Indian Medical Review
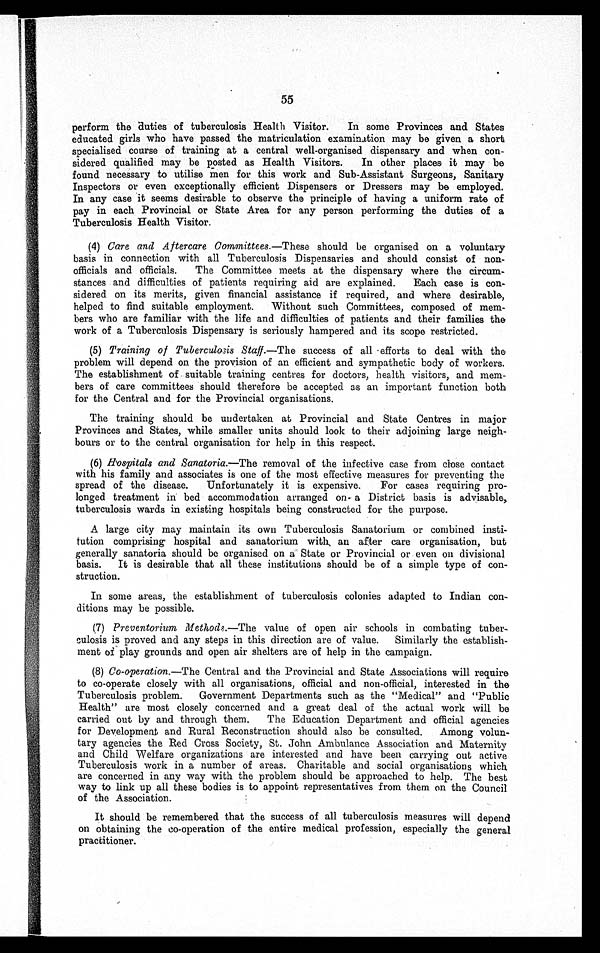
55
perform the duties of tuberculosis Health Visitor. In some Provinces and States
educated girls who have passed the matriculation examination may be given a short
specialised course of training at a central well-organised dispensary and when con-
sidered qualified may be posted as Health Visitors. In other places it may be
found necessary to utilise men for this work and Sub-Assistant Surgeons, Sanitary
Inspectors or even exceptionally efficient Dispensers or Dressers may be employed.
In any case it seems desirable to observe the principle of having a uniform rate of
pay in each Provincial or State Area for any person performing the duties of a
Tuberculosis Health Visitor.
(4) Care and Aftercare Committees.—These should be organised on a voluntary
basis in connection with all Tuberculosis Dispensaries and should consist of non-
officials and officials. The Committee meets at the dispensary where the circum-
stances and difficulties of patients requiring aid are explained. Each case is con-
sidered on its merits, given financial assistance if required, and where desirable,
helped to find suitable employment. Without such Committees, composed of mem-
bers who are familiar with the life and difficulties of patients and their families the
work of a Tuberculosis Dispensary is seriously hampered and its scope restricted.
(5) Training of Tuberculosis Staff.—The success of all efforts to deal with the
problem will depend on the provision of an efficient and sympathetic body of workers.
The establishment of suitable training centres for doctors, health visitors, and mem-
bers of care committees should therefore be accepted as an important function both
for the Central and for the Provincial organisations.
The training should be undertaken at Provincial and State Centres in major
Provinces and States, while smaller units should look to their adjoining large neigh-
bours or to the central organisation for help in this respect.
(6)Hospitals and Sanatoria.—The removal of the infective case from close contact
with his family and associates is one of the most effective measures for preventing the
spread of the disease. Unfortunately it is expensive. For cases requiring pro-
longed treatment in bed accommodation arranged on- a District basis is advisable,
tuberculosis wards in existing hospitals being constructed for the purpose.
A large city may maintain its own Tuberculosis Sanatorium or combined insti-
tution comprising hospital and sanatorium with, an after care organisation, but
generally sanatoria should be organised on a' State or Provincial or even on divisional
basis. It is desirable that all these institutions should be of a simple type of con-
struction.
In some areas, the establishment of tuberculosis colonies adapted to Indian con-
ditions may be possible.
(7) Preventorium Methods.—The value of open air schools in combating tuber-
culosis is proved and any steps in this direction are of value. Similarly the establish-
ment of play grounds and open air shelters are of help in the campaign.
(8) Co-operation.—The Central and the Provincial and State Associations will require
to co-operate closely with all organisations, official and non-official, interested in the
Tuberculosis problem. Government Departments such as the "Medical" and "Public
Health" are most closely concerned and a great deal of the actual work will be
carried out by and through them. The Education Department and official agencies
for Development and Rural Reconstruction should also be consulted. Among volun-
tary agencies the Red Cross Society, St. John Ambulance Association and Maternity
and Child Welfare organizations are interested and have been carrying out active
Tuberculosis work in a number of areas. Charitable and social organisations which
are concerned in any way with the problem should be approached to help. The best
way to link up all these bodies is to appoint representatives from them on the Council
of the Association.
It should be remembered that the success of all tuberculosis measures will depend
on obtaining the co-operation of the entire medical profession, especially the general
practitioner.